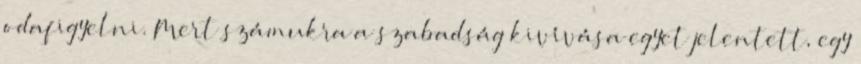
odafigyelni. Mert számukra a szabadság kivívása egyet jelentett, egy